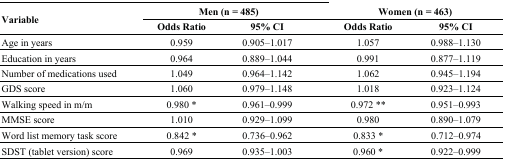
<table><thead><tr><td rowspan="2"><b>Variable</b></td><td colspan="2"><b>Men (n = 485)</b></td><td></td><td colspan="2"><b>Women (n = 463)</b></td></tr><tr><td><b>Odds Ratio</b></td><td><b>95% CI</b></td><td></td><td><b>Odds Ratio</b></td><td><b>95% CI</b></td></tr></thead><tbody><tr><td>Age in years</td><td>0.959 </td><td>0.905–1.017</td><td></td><td>1.057 </td><td>0.988–1.130</td></tr><tr><td>Education in years</td><td>0.964 </td><td>0.889–1.044</td><td></td><td>0.991 </td><td>0.877–1.119</td></tr><tr><td>Number of medications used</td><td>1.049 </td><td>0.964–1.142</td><td></td><td>1.062 </td><td>0.945–1.194</td></tr><tr><td>GDS score</td><td>1.060 </td><td>0.979–1.148</td><td></td><td>1.018 </td><td>0.923–1.124</td></tr><tr><td>Walking speed in m/m</td><td>0.980 *</td><td>0.961–0.999</td><td></td><td>0.972 **</td><td>0.951–0.993</td></tr><tr><td>MMSE score</td><td>1.010 </td><td>0.929–1.099</td><td></td><td>0.980 </td><td>0.890–1.079</td></tr><tr><td>Word list memory task score</td><td>0.842 *</td><td>0.736–0.962</td><td></td><td>0.833 *</td><td>0.712–0.974</td></tr><tr><td>SDST (tablet version) score</td><td>0.969 </td><td>0.935–1.003</td><td></td><td>0.960 *</td><td>0.922–0.999</td></tr></tbody></table>